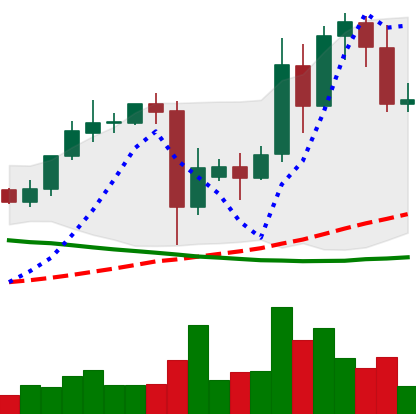
Ticker: TRX-USD
Chart end date: 2021-09-18
Forward return: -6.351%
Label: down_5_7